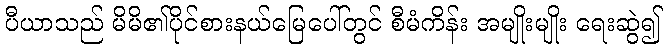
ပီယာသည် မိမိ၏ပိုင်စားနယ်မြေပေါ်တွင် စီမံကိန်း အမျိုးမျိုး ရေးဆွဲ၍